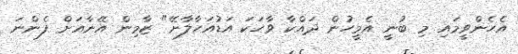
އެހެންވީމައި މި ބުނީ އެމީހުން ދައްކާ ވާހަކަ އަޑުއަހާލާށޭ" ޒާމިން އޭނާއަށް ފެންނަ